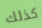
كذلك